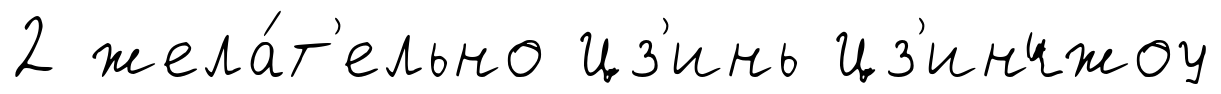
2 жела́т'ельно Цз'инь Цз'инчжоу